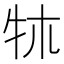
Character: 𤘱